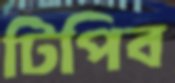
টিপিব